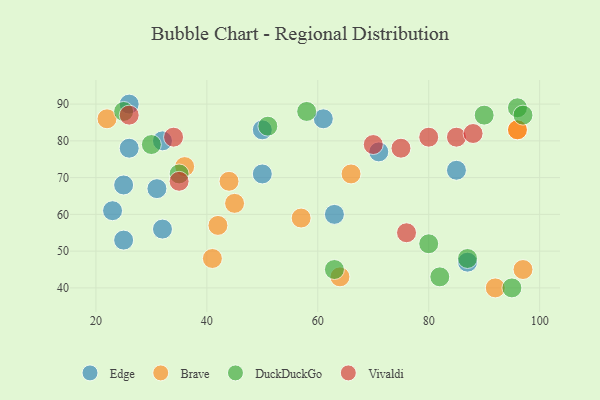
{"axis": {"x": "GDP", "y": "Life Expectancy"}, "legend": ["Brave", "DuckDuckGo", "Edge", "Vivaldi"], "data": [{"x": "32", "y": 56, "type": "Edge"}, {"x": "87", "y": 47, "type": "Edge"}, {"x": "32", "y": 80, "type": "Edge"}, {"x": "63", "y": 60, "type": "Edge"}, {"x": "23", "y": 61, "type": "Edge"}, {"x": "50", "y": 83, "type": "Edge"}, {"x": "85", "y": 72, "type": "Edge"}, {"x": "25", "y": 68, "type": "Edge"}, {"x": "26", "y": 90, "type": "Edge"}, {"x": "31", "y": 67, "type": "Edge"}, {"x": "26", "y": 78, "type": "Edge"}, {"x": "71", "y": 77, "type": "Edge"}, {"x": "25", "y": 53, "type": "Edge"}, {"x": "50", "y": 71, "type": "Edge"}, {"x": "61", "y": 86, "type": "Edge"}, {"x": "96", "y": 83, "type": "Brave"}, {"x": "22", "y": 86, "type": "Brave"}, {"x": "96", "y": 83, "type": "Brave"}, {"x": "45", "y": 63, "type": "Brave"}, {"x": "41", "y": 48, "type": "Brave"}, {"x": "57", "y": 59, "type": "Brave"}, {"x": "44", "y": 69, "type": "Brave"}, {"x": "42", "y": 57, "type": "Brave"}, {"x": "66", "y": 71, "type": "Brave"}, {"x": "97", "y": 45, "type": "Brave"}, {"x": "92", "y": 40, "type": "Brave"}, {"x": "64", "y": 43, "type": "Brave"}, {"x": "36", "y": 73, "type": "Brave"}, {"x": "95", "y": 40, "type": "DuckDuckGo"}, {"x": "96", "y": 89, "type": "DuckDuckGo"}, {"x": "51", "y": 84, "type": "DuckDuckGo"}, {"x": "25", "y": 88, "type": "DuckDuckGo"}, {"x": "58", "y": 88, "type": "DuckDuckGo"}, {"x": "63", "y": 45, "type": "DuckDuckGo"}, {"x": "80", "y": 52, "type": "DuckDuckGo"}, {"x": "90", "y": 87, "type": "DuckDuckGo"}, {"x": "87", "y": 48, "type": "DuckDuckGo"}, {"x": "82", "y": 43, "type": "DuckDuckGo"}, {"x": "97", "y": 87, "type": "DuckDuckGo"}, {"x": "35", "y": 71, "type": "DuckDuckGo"}, {"x": "30", "y": 79, "type": "DuckDuckGo"}, {"x": "85", "y": 81, "type": "Vivaldi"}, {"x": "76", "y": 55, "type": "Vivaldi"}, {"x": "80", "y": 81, "type": "Vivaldi"}, {"x": "88", "y": 82, "type": "Vivaldi"}, {"x": "26", "y": 87, "type": "Vivaldi"}, {"x": "75", "y": 78, "type": "Vivaldi"}, {"x": "35", "y": 69, "type": "Vivaldi"}, {"x": "70", "y": 79, "type": "Vivaldi"}, {"x": "34", "y": 81, "type": "Vivaldi"}]}